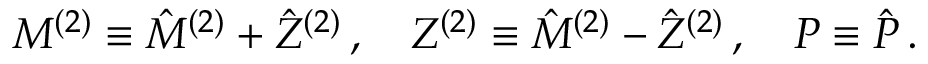
M ^ { ( 2 ) } \equiv \hat { M } ^ { ( 2 ) } + \hat { Z } ^ { ( 2 ) } \, , \quad Z ^ { ( 2 ) } \equiv \hat { M } ^ { ( 2 ) } - \hat { Z } ^ { ( 2 ) } \, , \quad P \equiv \hat { P } \, .